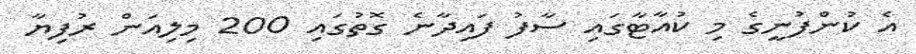
އެ ކުންފުނީގެ މި ކުއާޓާގައި ސާފު ފައިދާނެ ގޮތުގައި 200 މިލިއަން ރުފިޔާ